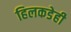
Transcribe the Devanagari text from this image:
हिलकडेही